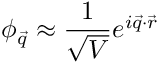
\phi _ { \vec { q } } \approx \frac { 1 } { \sqrt { V } } e ^ { i \vec { q } \cdot \vec { r } }